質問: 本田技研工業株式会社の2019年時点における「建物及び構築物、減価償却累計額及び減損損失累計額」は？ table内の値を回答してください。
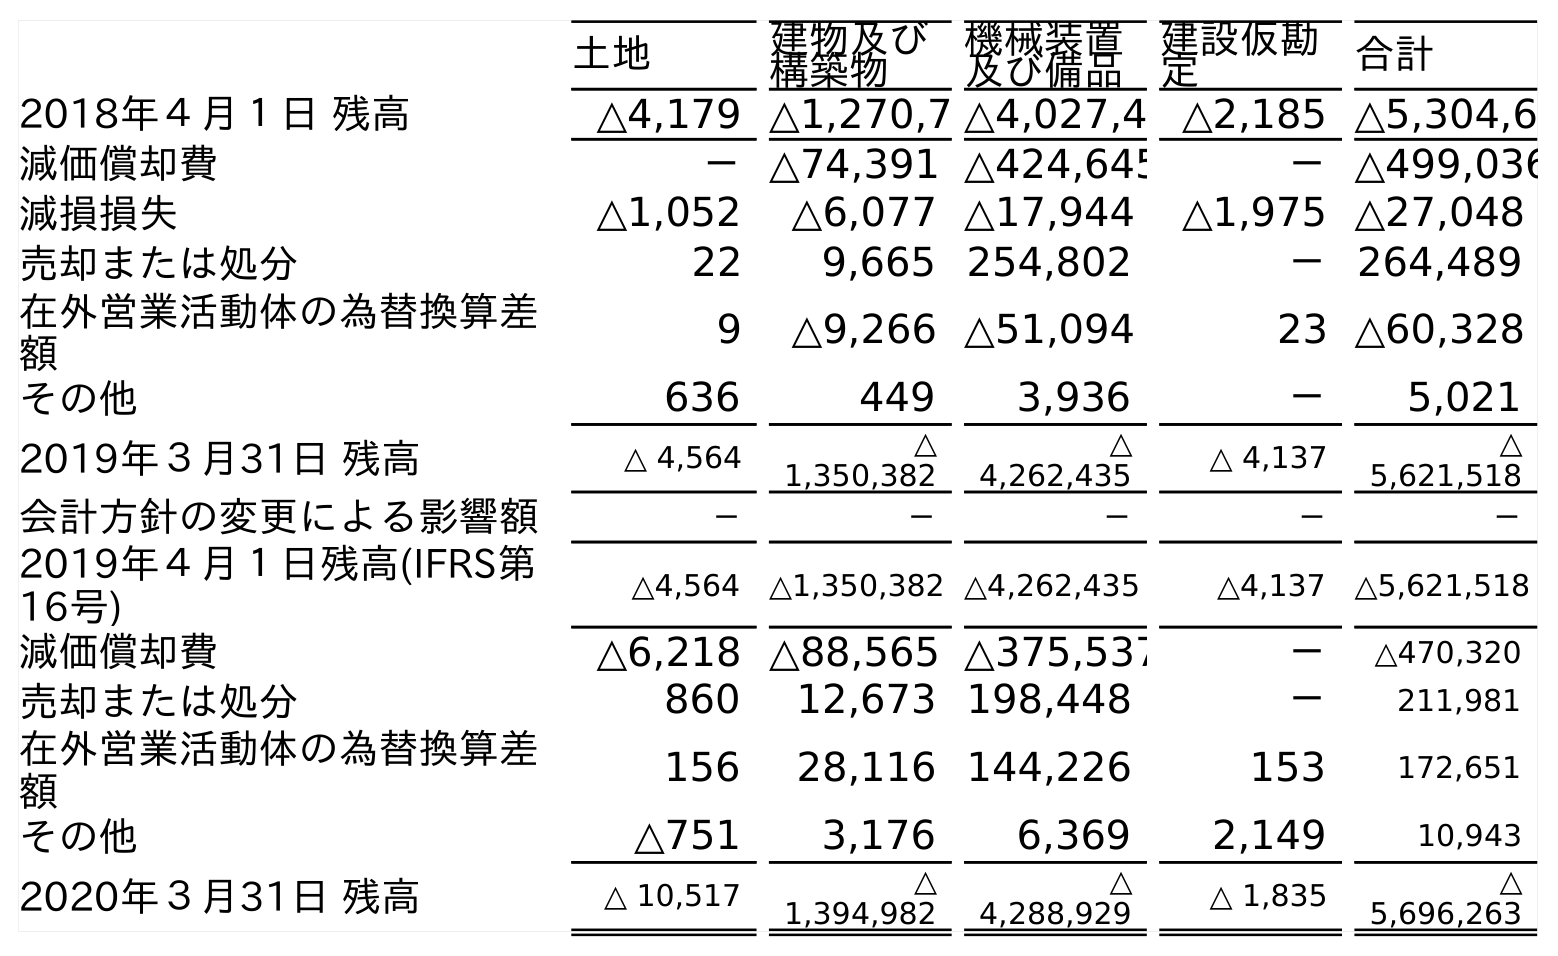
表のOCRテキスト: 土地 建物及び 構築物 機械装置 及び備品 建設仮勘 定 合計 2018年４月１日 残高 △4,179 △1,270,7 △4,027,4 △2,185 △5,304,6 減価償却費 －△74,391 △424,645 －△499,036 減損損失 △1,052 △6,077 △17,944 △1,975 △27,048 売却または処分 22 9,665 254,802 －264,489 在外営業活動体の為替換算差 額 9 △9,266 △51,094 23 △60,328 その他 636 449 3,936 － 5,021 2019年３月31日 残高 △ 4,564 △ 1,350,382 △ 4,262,435 △ 4,137 △ 5,621,518 会計方針の変更による影響額 － － － － － 2019年４月１日残高(IFRS第 16号) △4,564 △1,350,382 △4,262,435 △4,137 △5,621,518 減価償却費 △6,218 △88,565 △375,537 － △470,320 売却または処分 860 12,673 198,448 － 211,981 在外営業活動体の為替換算差 額 156 28,116 144,226 153 172,651 その他 △751 3,176 6,369 2,149 10,943 2020年３月31日 残高 △ 10,517 △ 1,394,982 △ 4,288,929 △ 1,835 △ 5,696,263
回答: △1,350,382